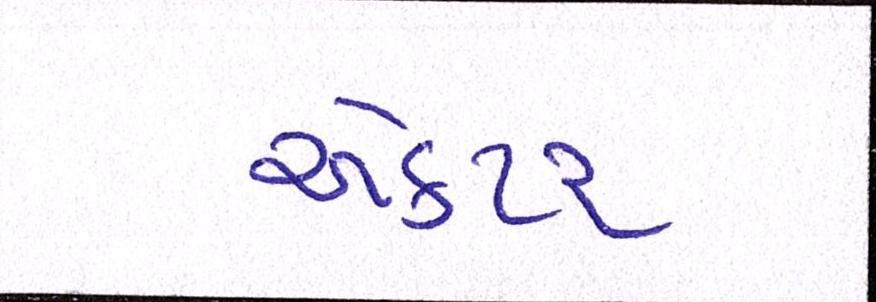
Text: ઍક્ટર